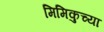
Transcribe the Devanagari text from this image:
मिमिकुच्या